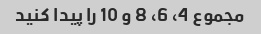
مجموع 4، 6، 8 و 10 را پیدا کنید